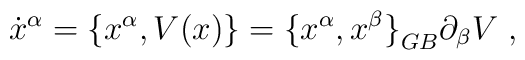
{\dot x}^\alpha = \{ {x}^\alpha, V(x) \} ={ \{ x^\alpha, x^\beta \} }_{GB} \partial_\beta V\;,